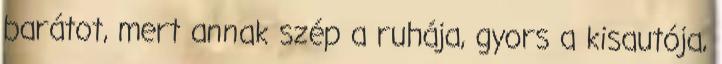
barátot, mert annak szép a ruhája, gyors a kisautója,